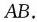
AB.